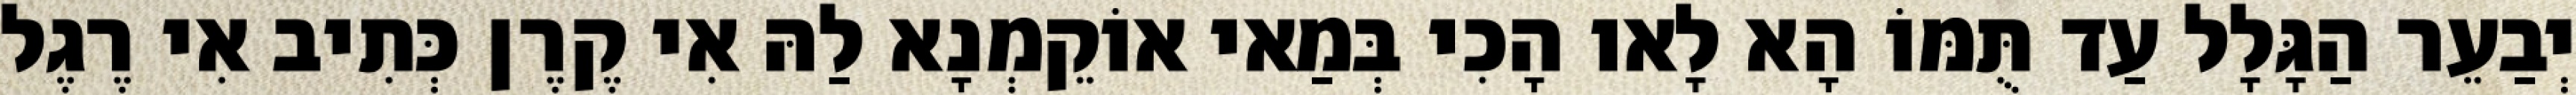
יְבַעֵר הַגָּלָל עַד תֻּמּוֹ הָא לָאו הָכִי בְּמַאי אוֹקֵמְנָא לַהּ אִי קֶרֶן כְּתִיב אִי רֶגֶל